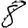
Digit: 8